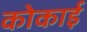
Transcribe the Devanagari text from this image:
कोकाई